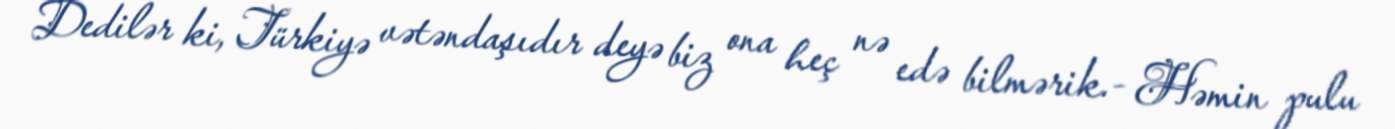
Dedilər ki, Türkiyə vətəndaşıdır deyə biz ona heç nə edə bilmərik.- Həmin pulu